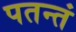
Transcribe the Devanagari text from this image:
पतन्तं